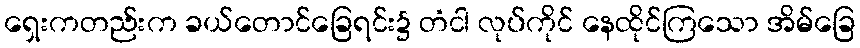
ရှေးကတည်းက ခယ်တောင်ခြေရင်း၌ တံငါ လုပ်ကိုင် နေထိုင်ကြသော အိမ်ခြေ